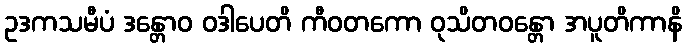
ဥဒကသမီပံ ဒန္တောဝ ဝဒါပေတိ ကီဝတကော ဝုသိတဝန္တော အပူတိကာနိ